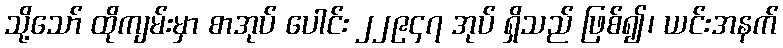
သို့သော် ထိုကျမ်းမှာ စာအုပ် ပေါင်း ၂၂၉၄၇ အုပ် ရှိသည် ဖြစ်၍၊ ယင်းအနက်